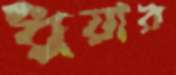
ধুয়ার